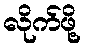
လိုက်ဖို့